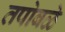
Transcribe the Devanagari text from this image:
तपोबळे